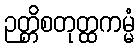
ဉတ္တိစတုတ္ထကမ္မံ